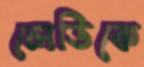
লেডিকে